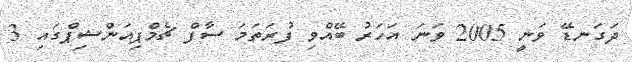
ދަގަނޑޭ ވަނީ 2005 ވަނަ އަހަރު ބޭއްވި ފުރަތަމަ ސާފް ޗެމްޕިއަންޝިޕްގައި 3